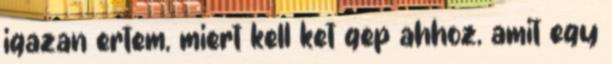
igazan ertem, miert kell ket gep ahhoz, amit egy